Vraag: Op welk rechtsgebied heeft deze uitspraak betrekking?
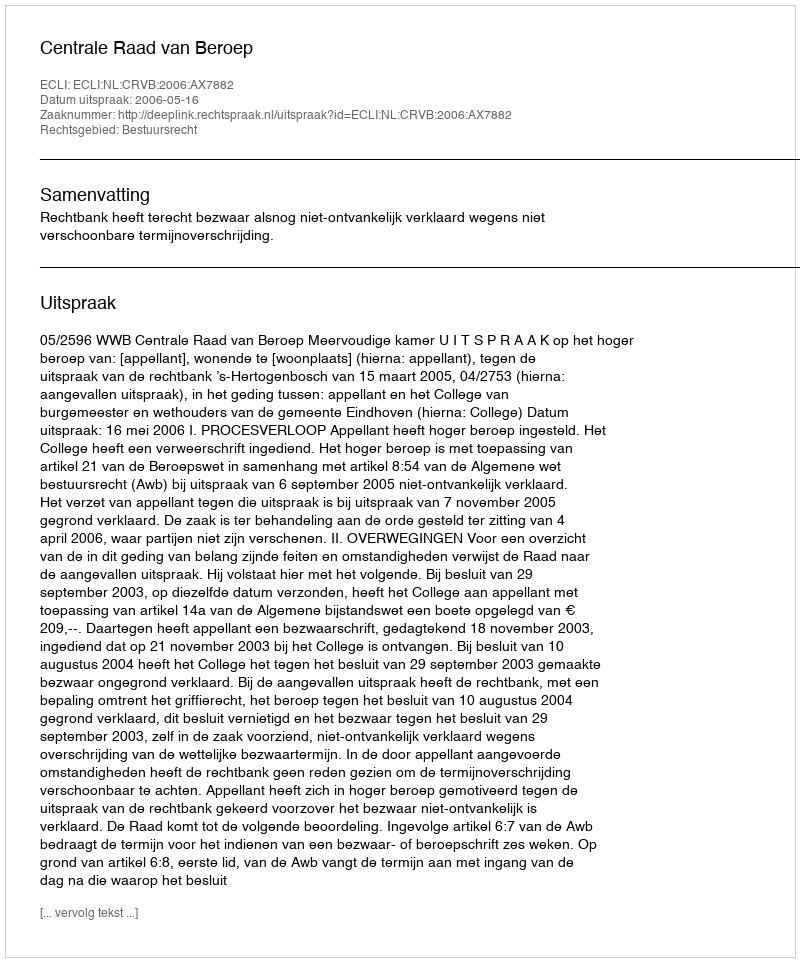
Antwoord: Bestuursrecht